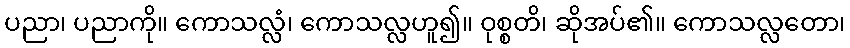
ပညာ၊ ပညာကို။ ကောသလ္လံ၊ ကောသလ္လဟူ၍။ ဝုစ္စတိ၊ ဆိုအပ်၏။ ကောသလ္လတော၊